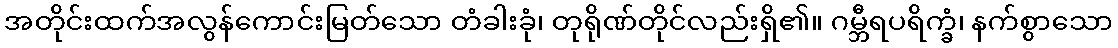
အတိုင်းထက်အလွန်ကောင်းမြတ်သော တံခါးခုံ၊ တုရိုဏ်တိုင်လည်းရှိ၏။ ဂမ္ဘီရပရိက္ခံ၊ နက်စွာသော